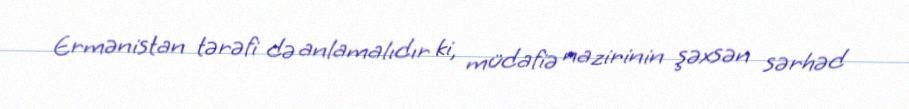
Ermənistan tərəfi də anlamalıdır ki, müdafiə nazirinin şəxsən sərhəd